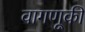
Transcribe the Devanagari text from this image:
वागणूकी